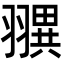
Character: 𦒖